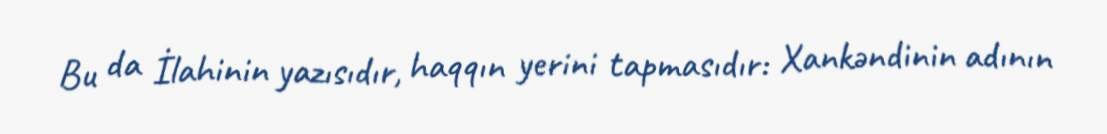
Bu da İlahinin yazısıdır, haqqın yerini tapmasıdır: Xankəndinin adının